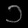
Digit: ၁